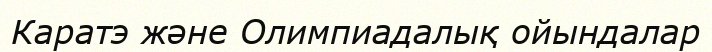
Каратэ және Олимпиадалық ойындалар